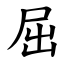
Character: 屈